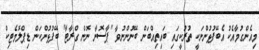
މިއެންގުމާއެކު އެބޭފުޅުންނަކީ ތުރުކީގައި ބައިތިއްބަން ބޭނުންނުވާ "ޕާސޮނާ ނޮން ގްރާޓާ" ބޭފުޅުންކަން ޑިޕްލޮމެޓިކް